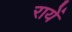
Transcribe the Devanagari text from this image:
रायें